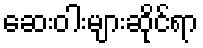
ဆေးဝါးများဆိုင်ရာ